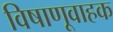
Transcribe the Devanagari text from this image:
विषाणूवाहक